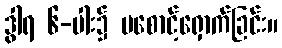
ဒွါရ ၆-ပါး၌ မစောင့်ရှောက်ခြင်း။